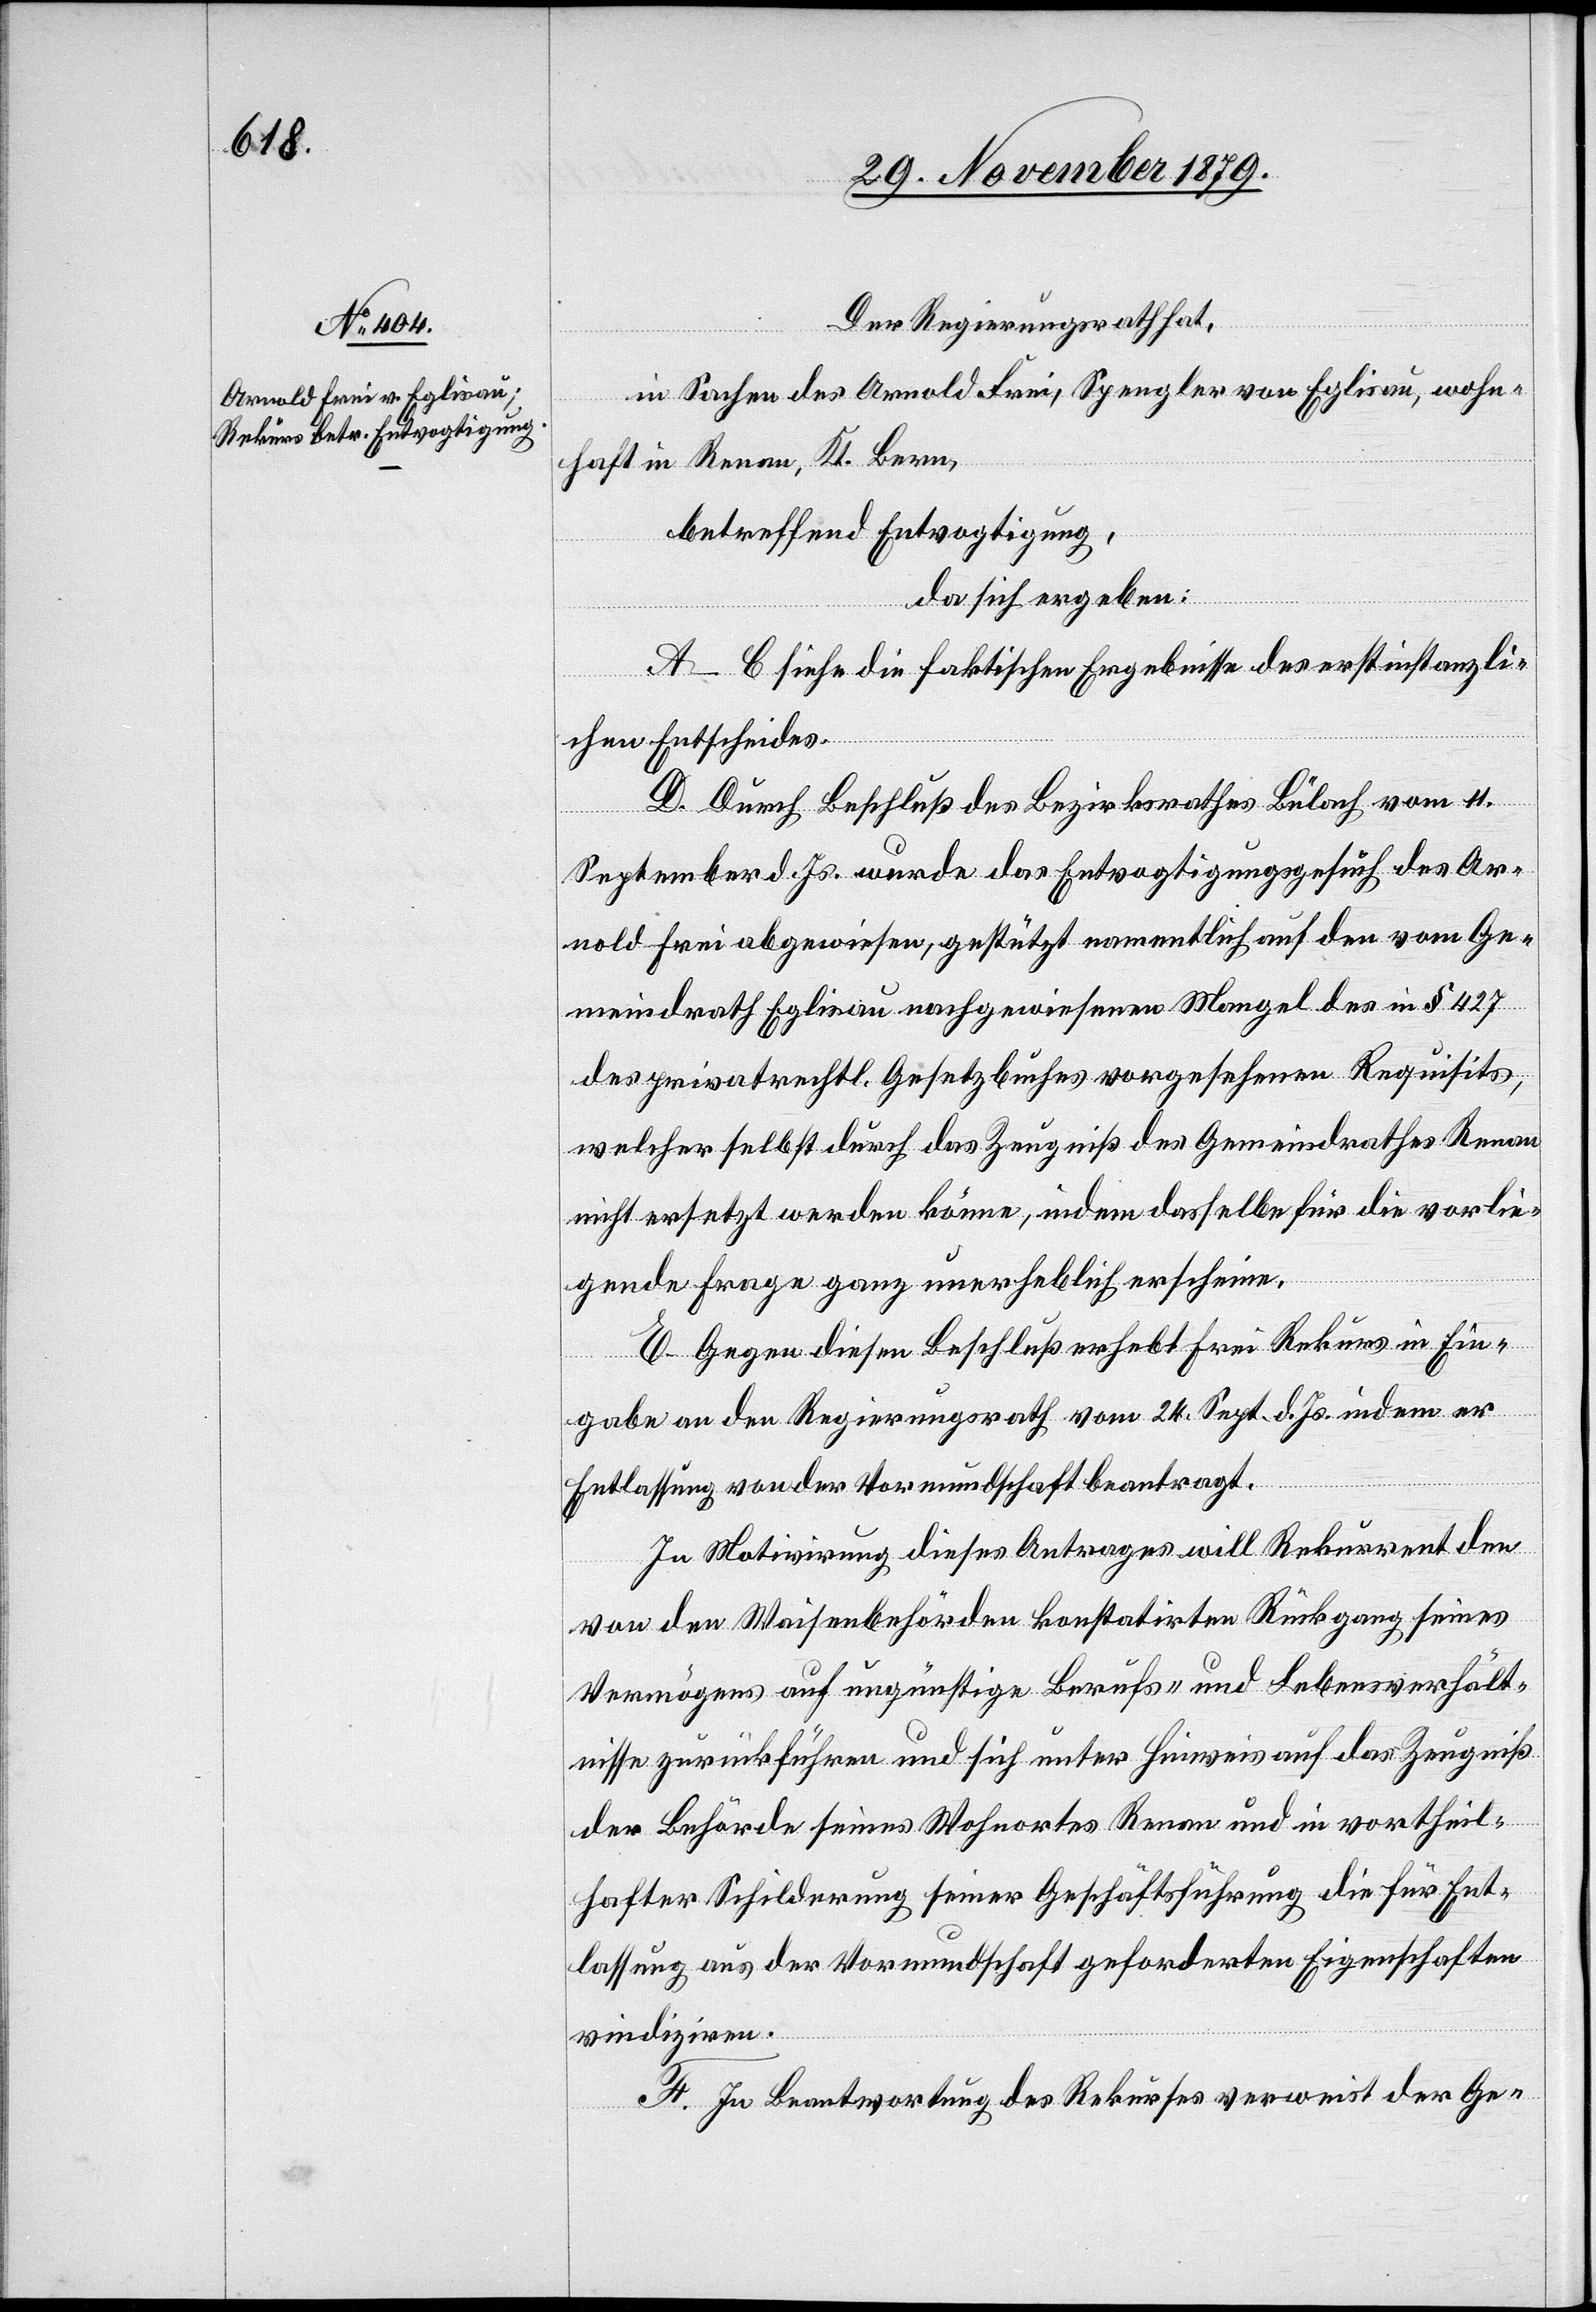
Der Regierungsrath hat,
in Sachen des Arnold Frei, Spengler von Eglisau, wohn¬
haft in Renan, Kt. Bern,
betreffend Entvogtigung,
da sich ergeben:
A–C siehe die faktischen Ergebnisse des erstinstanzli¬
chen Entscheides.
D. Durch Beschluß des Bezirksrathes Bülach vom 14.
September d. Js. wurde das Entvogtigungsgesuch des Ar¬
nold Frei abgewiesen, gestützt namentlich auf den vom Ge¬
meindrath Eglisau nachgewiesenen Mangel des in § 427
des privatrechtl. Gesetzbuches vorgesehenen Requisits,
welcher selbst durch das Zeugniß des Gemeindrathes Renan
nicht ersetzt werden könne, indem dasselbe für die vorlie¬
gende Frage unerheblich erscheine.
E. Gegen diesen Beschluß erhebt Frei Rekurs in Ein¬
gabe an den Regierungsrath vom 24. Sept. d. Js. indem er
Entlassung von der Vormundschaft beantragt.
In Motivirung dieses Antrages will Rekurrent den
von den Waisenbehörden konstatirten Rückgang seines
Vermögens auf ungünstige Berufs- und Lebensverhält¬
nisse zurückführen und sich unter Hinweis auf das Zeugniß
der Behörde seines Wohnortes Renan und in vortheil¬
hafter Schilderung seiner Geschäftsführung die für Ent¬
lassung aus der Vormundschaft geforderten Eigenschaften
vindiziren.
F. In Beantwortung des Rekurses verweist der Ge-